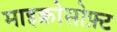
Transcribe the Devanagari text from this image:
माइक्रोसोफ़्ट